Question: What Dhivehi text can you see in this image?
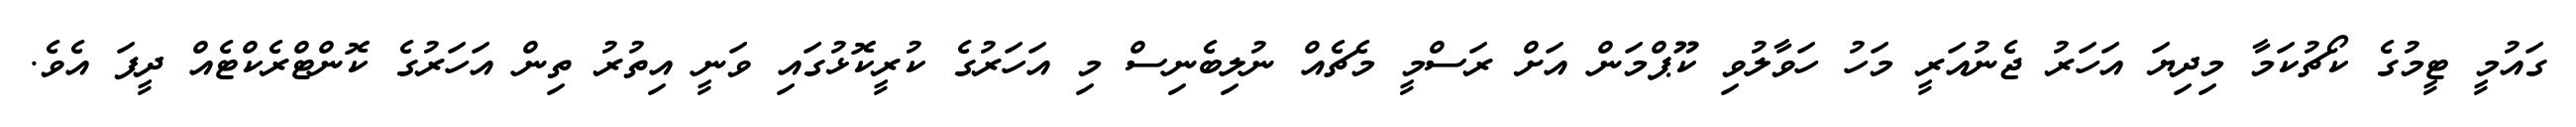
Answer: ގައުމީ ޓީމުގެ ކޯޗުކަމާ މިދިޔަ އަހަރު ޖެނުއަރީ މަހު ހަވާލުވި ކޫޕްމަން އަށް ރަސްމީ މެޗެއް ނުލިބެނިސް މި އަހަރުގެ ކުރީކޮޅުގައި ވަނީ އިތުރު ތިން އަހަރުގެ ކޮންޓްރެކްޓެއް ދީފަ އެވެ.